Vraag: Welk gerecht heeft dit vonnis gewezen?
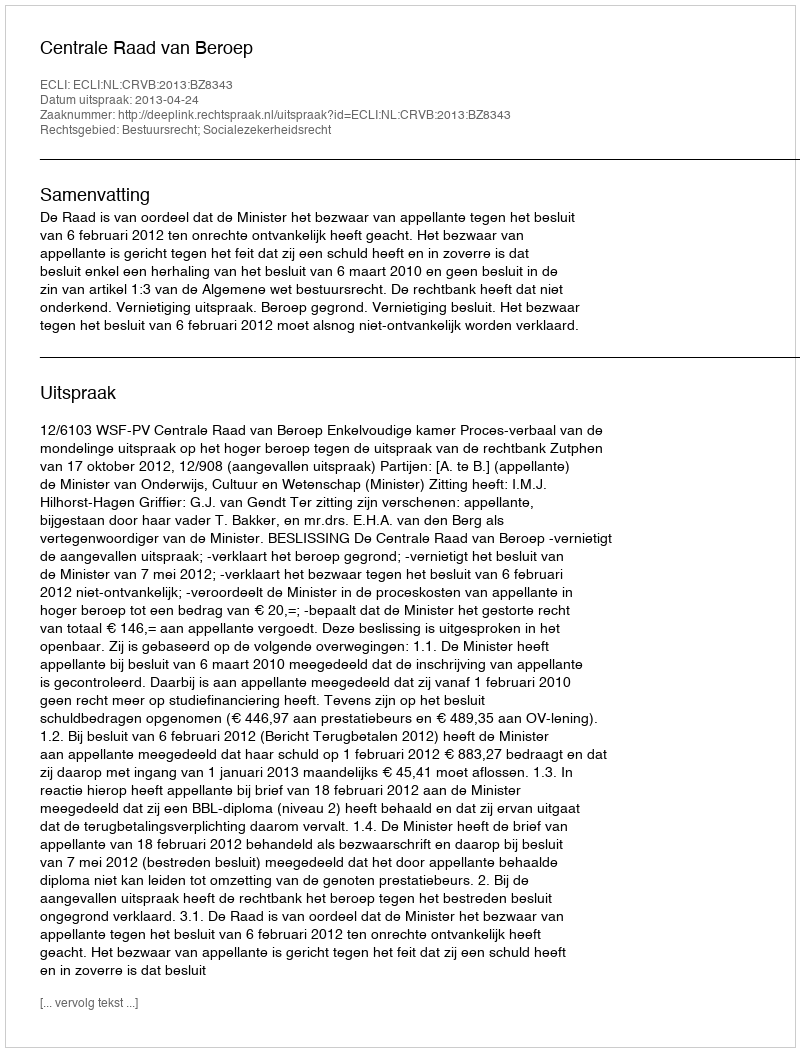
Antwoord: Centrale Raad van Beroep